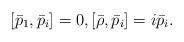
LaTeX: \begin{align*} [\bar p_{1}, \bar p_i] = 0, [\bar \rho, \bar p_i] = i \bar p_i.\end{align*}